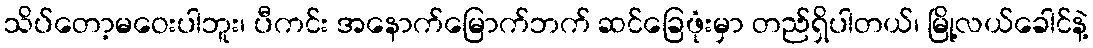
သိပ်တော့မဝေးပါဘူး၊ ပီကင်း အနောက်မြောက်ဘက် ဆင်ခြေဖုံးမှာ တည်ရှိပါတယ်၊ မြို့လယ်ခေါင်နဲ့